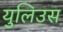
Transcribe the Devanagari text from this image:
युलिउस